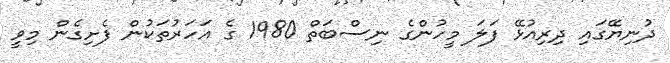
ދުނިޔޭގައި ދިރިއުޅޭ ފަލަ މީހުންގެ ނިސްބަތް 1980 ގެ އަހަރުތަކުން ފެށިގެން މިވީ